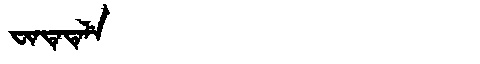
Manchu: ᠸᡳᠨᡨᡝᡨᡝᠯᡝ
Romanization: FINTETELE